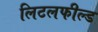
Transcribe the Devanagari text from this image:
लिटलफील्ड